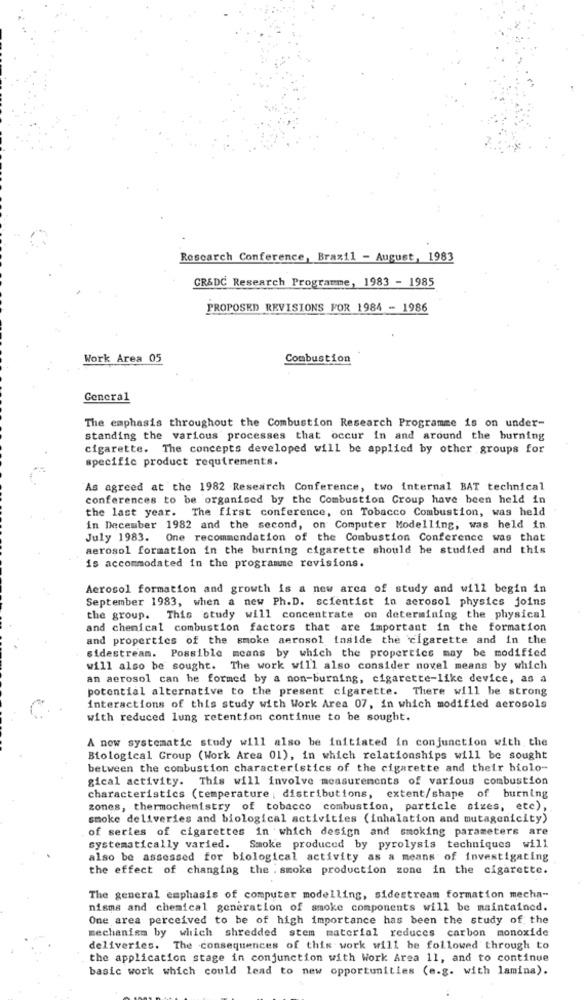
Research Conference, Brazil - August, 1983
GR&DC Research Programme, 1983 - 1985
PROPOSED REVISIONS FOR 1984 - 1986
Work Area 05
Combustion
General
The emphasis throughout the Combustion Research Programme is on under-
standing the various processes that occur in and around the burning
cigarette. The concepts developed will be applied by other groups for
specific product requirements.
As agreed at the 1982 Research Conference, two internal BAT technical
conferences to be organised by the Combustion Croup have been held in
the last year. The first conference, on Tobacco Combustion, was held
in December 1982 and the second, on Computer Modelling, was held in
July 1983. One recommendation of the Combustion Conference was that
aerosol formation in the burning cigarette should be studied and this
is accommodated in the programme revisions.
Aerosol formation and growth is a new area of study and will begin in
September 1983, when a new Ph.D. scientist in aerosol physics joins
the group. This study will concentrate on determining the physical
and chemical combustion factors that are important in the formation
and properties of the smoke aerosol inside the cigarette and in the
sidestream. Possible means by which the propertics may be modified
will also be sought. The work will also consider novel means by which
an aerosol can he formed by a non-burning, cigarette-like device, as a
potential alternative to the present cigarette. There will be strong
interactions of this study with Work Area 07, in which modified aerosols
with reduced lung retention continue to be sought.
A now systematic study will also be initiated in conjunction with the
Biological Group (Work Area 01), in which relationships will be sought
between the combustion characteristics of the cigarette and their biolo-
gical activity. This will involve measurements of various combustion
characteristics (temperature ; distributions, extent/shape of burning
zones, thermochemistry of tobacco combustion, particle sizes, etc),
smoke deliveries and biological activities (inhalation and mutagenicity)
of series of cigarettes in which design and smoking parameters are
systematically varied.
Smoke produced by pyrolysis techniques will
also be assessed for biological activity as a means of investigating
the effect of changing the .smoke production zone in the cigarette.
The general emphasis of computer modelling, sidestream formation mecha-
nisms and chemical generation of smoke components will be maintained.
One area perceived to be of high importance has been the study of the
mechanism by which shredded stem material reduces carbon monoxide
deliveries. The consequences of this work will be followed through to
the application stage in conjunction with Work Area 11, and to continue
basic work which could lead to new opportunities (e.g. with lamina).